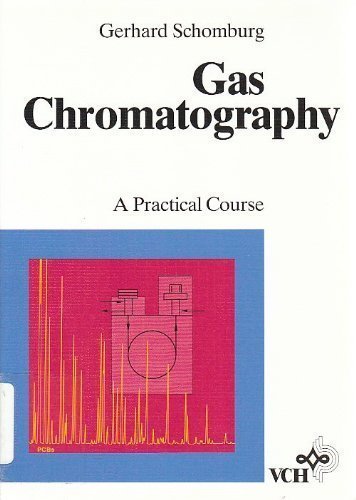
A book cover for Gas Chromatography: A Practical Course; Gerhard Schomburg; Science & Math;